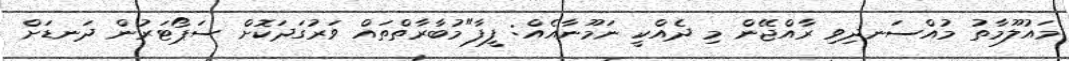
މައުލޫމާތު މުއްސަނދިވި ރާއްޖޭން މި ދެއްކީ ނަމޫނާއެއް: ފީފާ"މުބާރާތްތައް ވަރުގަދަކޮށް ސަޕޯޓަރުން ދަނޑަށް